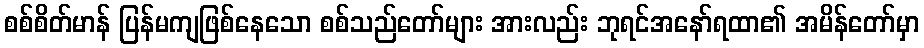
စစ်စိတ်မာန် ပြန်မကျဖြစ်နေသော စစ်သည်တော်များ အားလည်း ဘုရင်အနော်ရထာ၏ အမိန်တော်မှာ